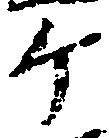
ヶ